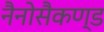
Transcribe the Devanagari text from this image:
नैनोसैकण्ड